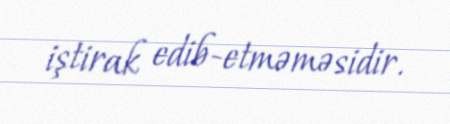
iştirak edib-etməməsidir.